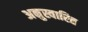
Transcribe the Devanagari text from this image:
अनुस्वारित